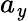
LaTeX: a_{\mathit{y}}